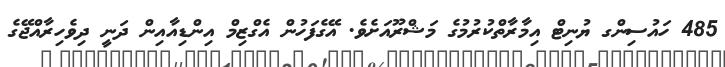
485 ހައުސިންގ ޔުނިޓް އިމާރާތްކުރުމުގެ މަޝްރޫއަށެވެ. އޭގެފަހުން އެގްޒިމް އިންޑިއާއިން ދަނީ ދިވެހިރާއްޖޭގެ